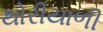
થોરીયાળી